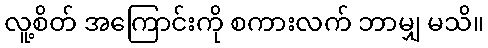
လူ့စိတ် အကြောင်းကို စကားလက် ဘာမျှ မသိ။